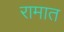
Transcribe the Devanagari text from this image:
रामात